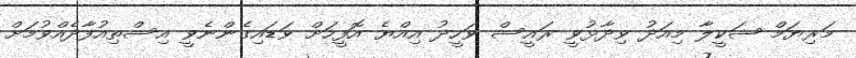
މަރިޔަމް ޝަކީލާ މިއަދު ވިދާޅުވީ ރައީސް ވަހީދު އިއްޔެ އޮފީހަށް ވަޑައިގެންނެވީ އިސްތިއުފާދެއްވުމަށް